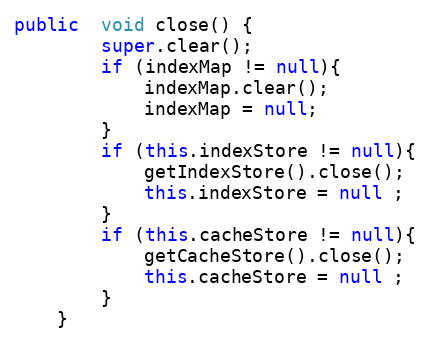
Language: Java
public  void close() {
		super.clear();
		if (indexMap != null){
			indexMap.clear();
			indexMap = null;
		}
		if (this.indexStore != null){
			getIndexStore().close();
			this.indexStore = null ;
		}
		if (this.cacheStore != null){
			getCacheStore().close();
			this.cacheStore = null ;
		}
	}